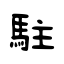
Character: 駐